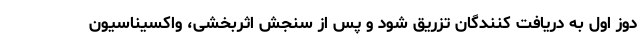
دوز اول به دریافت کنندگان تزریق شود و پس از سنجش اثربخشی، واکسیناسیون